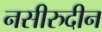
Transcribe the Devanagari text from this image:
नसीरुदीन